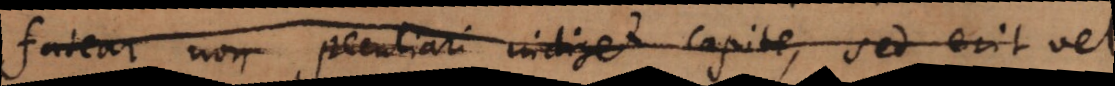
fatear non peculiari indiget capite, sed erit vel